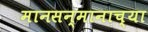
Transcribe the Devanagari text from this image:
मानसन्मानाच्या